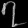
Digit: ၇